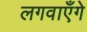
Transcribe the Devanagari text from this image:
लगवाएँगे